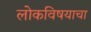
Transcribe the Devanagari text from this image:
लोकविषयाचा